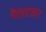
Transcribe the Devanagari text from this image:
पैलतटावर